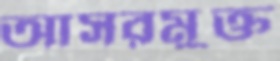
আসরমুক্ত